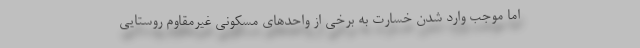
اما موجب وارد شدن خسارت به برخی از واحدهای مسکونی غیرمقاوم روستایی